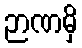
ဉာဏမှိ